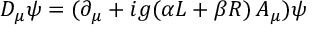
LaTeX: D _ { \mu } \psi = ( \partial _ { \mu } + i g ( \alpha L + \beta R ) \, A _ { \mu } ) \psi